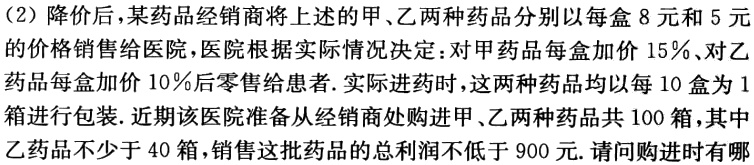
(2) 降价后，某药品经销商将上述的甲、乙两种药品分别以每盒 8 元和 5 元的价格销售给医院，医院根据实际情况决定：对甲药品每盒加价 15%、对乙药品每盒加价 10%后零售给患者. 实际进药时，这两种药品均以每 10 盒为 1 箱进行包装. 近期该医院准备从经销商处购进甲、乙两种药品共 100 箱，其中乙药品不少于 40 箱，销售这批药品的总利润不低于 900 元. 请问购进时有哪